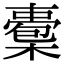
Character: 𣚇